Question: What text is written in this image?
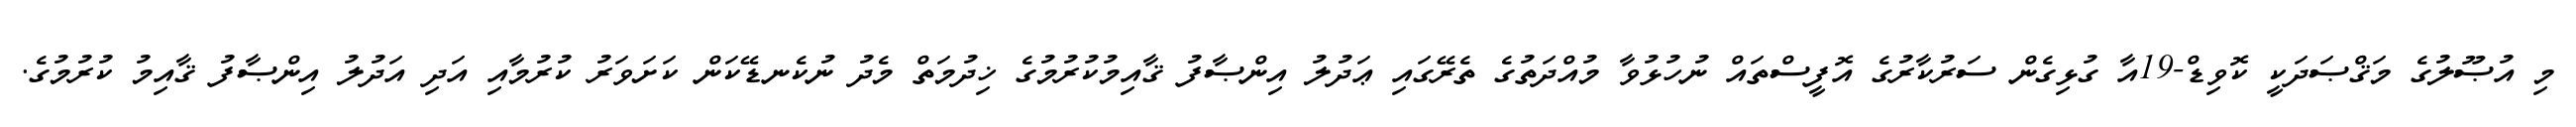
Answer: މި އުޞޫލުގެ މަޤްޞަދަކީ ކޮވިޑް-19އާ ގުޅިގެން ސަރުކާރުގެ އޮފީސްތައް ނުހުޅުވާ މުއްދަތުގެ ތެރޭގައި ޢަދުލު އިންޞާފު ޤާއިމުކުރުމުގެ ޚިދުމަތް މެދު ނުކެނޑޭކަން ކަށަވަރު ކުރުމާއި އަދި އަދުލު އިންޞާފު ޤާއިމު ކުރުމުގެ.